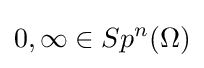
0,\infty \in Sp^{n}(\Omega )